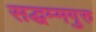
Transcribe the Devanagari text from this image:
सद्धम्मगुरु